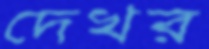
দেখর